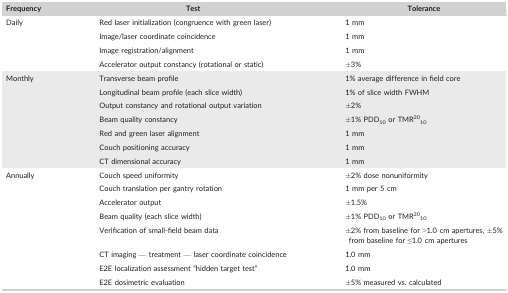
<table><thead><tr><td><b>Frequency</b></td><td><b>Test</b></td><td><b>Tolerance</b></td></tr></thead><tbody><tr><td rowspan="4">Daily</td><td>Red laser initialization (congruence with green laser)</td><td>1 mm</td></tr><tr><td>Image/laser coordinate coincidence</td><td>1 mm</td></tr><tr><td>Image registration/alignment</td><td>1 mm</td></tr><tr><td>Accelerator output constancy (rotational or static)</td><td>±3%</td></tr><tr><td rowspan="7">Monthly</td><td>Transverse beam profile</td><td>1% average difference in field core</td></tr><tr><td>Longitudinal beam profile (each slice width)</td><td>1% of slice width FWHM</td></tr><tr><td>Output constancy and rotational output variation</td><td>±2%</td></tr><tr><td>Beam quality constancy</td><td>±1% PDD<sub>10</sub> or TMR<sup>20</sup><sub>10</sub></td></tr><tr><td>Red and green laser alignment</td><td>1 mm</td></tr><tr><td>Couch positioning accuracy</td><td>1 mm</td></tr><tr><td>CT dimensional accuracy</td><td>1 mm</td></tr><tr><td rowspan="8">Annually</td><td>Couch speed uniformity</td><td>±2% dose nonuniformity</td></tr><tr><td>Couch translation per gantry rotation</td><td>1 mm per 5 cm</td></tr><tr><td>Accelerator output</td><td>±1.5%</td></tr><tr><td>Beam quality (each slice width)</td><td>±1% PDD<sub>10</sub> or TMR<sup>20</sup><sub>10</sub></td></tr><tr><td>Verification of small‐field beam data</td><td>±2% from baseline for &gt;1.0 cm apertures, ±5% from baseline for ≤1.0 cm apertures</td></tr><tr><td>CT imaging — treatment — laser coordinate coincidence</td><td>1.0 mm</td></tr><tr><td>E2E localization assessment “hidden target test”</td><td>1.0 mm</td></tr><tr><td>E2E dosimetric evaluation</td><td>±5% measured vs. calculated</td></tr></tbody></table>